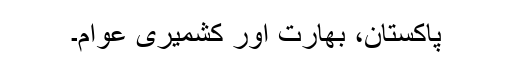
پاکستان، بھارت اور کشمیری عوام۔